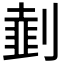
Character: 𠟜